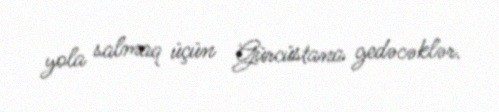
yola salmaq üçün Gürcüstana gedəcəklər.